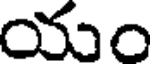
యం